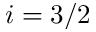
i = 3 / 2